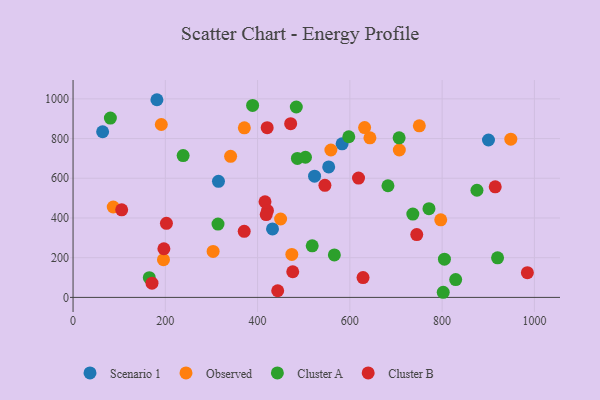
{"axis": {"x": "Speed", "y": "Yield"}, "legend": ["Cluster A", "Cluster B", "Observed", "Scenario 1"], "data": [{"x": "900.5", "y": 792.7, "type": "Scenario 1"}, {"x": "315.2", "y": 584.6, "type": "Scenario 1"}, {"x": "583.2", "y": 773.4, "type": "Scenario 1"}, {"x": "554.1", "y": 657.1, "type": "Scenario 1"}, {"x": "432.4", "y": 344.9, "type": "Scenario 1"}, {"x": "181.8", "y": 995.6, "type": "Scenario 1"}, {"x": "64.1", "y": 834.3, "type": "Scenario 1"}, {"x": "523.5", "y": 610.6, "type": "Scenario 1"}, {"x": "303.6", "y": 231.5, "type": "Observed"}, {"x": "87.1", "y": 455.4, "type": "Observed"}, {"x": "797.0", "y": 390.8, "type": "Observed"}, {"x": "632.0", "y": 855.2, "type": "Observed"}, {"x": "341.5", "y": 710.5, "type": "Observed"}, {"x": "191.3", "y": 870.7, "type": "Observed"}, {"x": "707.2", "y": 742.3, "type": "Observed"}, {"x": "643.5", "y": 803.5, "type": "Observed"}, {"x": "196.0", "y": 189.9, "type": "Observed"}, {"x": "474.2", "y": 216.4, "type": "Observed"}, {"x": "371.3", "y": 854.1, "type": "Observed"}, {"x": "449.9", "y": 394.9, "type": "Observed"}, {"x": "948.9", "y": 797.0, "type": "Observed"}, {"x": "558.9", "y": 742.4, "type": "Observed"}, {"x": "750.6", "y": 864.3, "type": "Observed"}, {"x": "566.4", "y": 214.1, "type": "Cluster A"}, {"x": "486.3", "y": 699.8, "type": "Cluster A"}, {"x": "238.6", "y": 714.4, "type": "Cluster A"}, {"x": "771.5", "y": 446.7, "type": "Cluster A"}, {"x": "805.0", "y": 192.5, "type": "Cluster A"}, {"x": "875.5", "y": 539.7, "type": "Cluster A"}, {"x": "682.6", "y": 562.3, "type": "Cluster A"}, {"x": "706.8", "y": 803.9, "type": "Cluster A"}, {"x": "802.4", "y": 25.8, "type": "Cluster A"}, {"x": "503.8", "y": 705.8, "type": "Cluster A"}, {"x": "736.5", "y": 419.9, "type": "Cluster A"}, {"x": "518.4", "y": 259.5, "type": "Cluster A"}, {"x": "829.4", "y": 89.7, "type": "Cluster A"}, {"x": "165.3", "y": 99.1, "type": "Cluster A"}, {"x": "597.7", "y": 809.0, "type": "Cluster A"}, {"x": "389.2", "y": 966.9, "type": "Cluster A"}, {"x": "483.9", "y": 959.0, "type": "Cluster A"}, {"x": "80.9", "y": 903.4, "type": "Cluster A"}, {"x": "314.2", "y": 369.3, "type": "Cluster A"}, {"x": "920.2", "y": 199.4, "type": "Cluster A"}, {"x": "171.1", "y": 71.6, "type": "Cluster B"}, {"x": "420.8", "y": 854.6, "type": "Cluster B"}, {"x": "416.1", "y": 481.7, "type": "Cluster B"}, {"x": "105.4", "y": 441.1, "type": "Cluster B"}, {"x": "915.1", "y": 557.0, "type": "Cluster B"}, {"x": "545.9", "y": 564.6, "type": "Cluster B"}, {"x": "476.2", "y": 129.2, "type": "Cluster B"}, {"x": "984.8", "y": 124.7, "type": "Cluster B"}, {"x": "618.8", "y": 600.9, "type": "Cluster B"}, {"x": "371.0", "y": 333.0, "type": "Cluster B"}, {"x": "202.4", "y": 373.2, "type": "Cluster B"}, {"x": "745.0", "y": 316.4, "type": "Cluster B"}, {"x": "421.4", "y": 437.6, "type": "Cluster B"}, {"x": "628.6", "y": 99.9, "type": "Cluster B"}, {"x": "471.7", "y": 875.2, "type": "Cluster B"}, {"x": "418.7", "y": 417.3, "type": "Cluster B"}, {"x": "443.6", "y": 33.5, "type": "Cluster B"}, {"x": "196.9", "y": 244.9, "type": "Cluster B"}]}